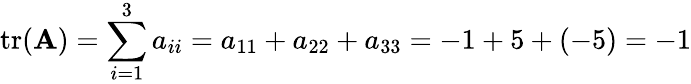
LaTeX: \operatorname{tr}(\mathbf{A})=\sum_{i=1}^{3}a_{ii}=a_{11}+a_{22}+a_{33}=-1+5+(-5)=-1